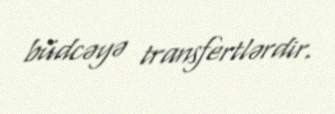
büdcəyə transfertlərdir.